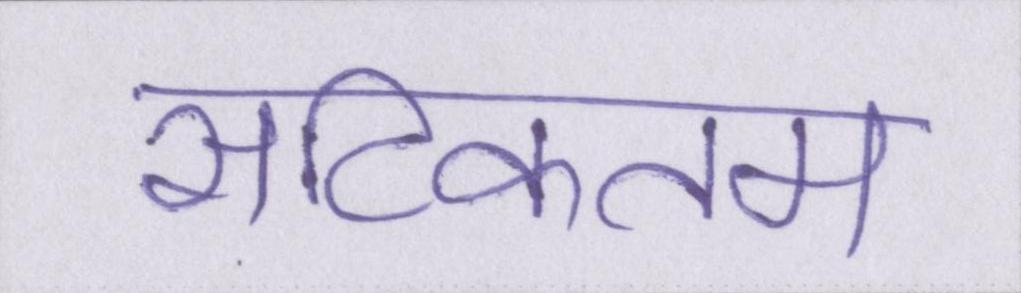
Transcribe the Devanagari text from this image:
सटिकतम